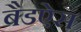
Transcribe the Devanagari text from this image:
बैडऐस